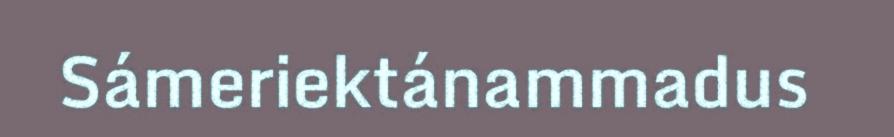
Sámeriektánammadus